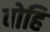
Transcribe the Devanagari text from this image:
वोहि